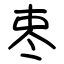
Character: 栆